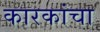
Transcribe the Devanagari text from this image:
कारकांचा